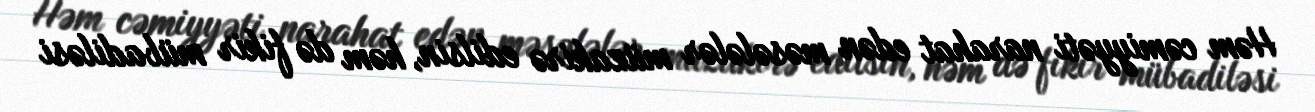
Həm cəmiyyəti narahat edən məsələlər müzakirə edilsin, həm də fikir mübadiləsi